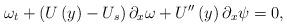
LaTeX: \begin{align*}\omega_{t}+\left( U\left( y\right) -U_{s}\right) \partial_{x}\omega+U^{\prime\prime}\left( y\right) \partial_{x}\psi=0,\end{align*}